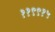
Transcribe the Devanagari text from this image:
११९९१५